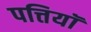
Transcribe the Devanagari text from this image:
पत्तियॉ